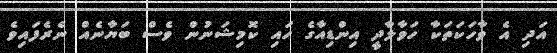
އަދި އެ ވާހަކަތަކާ ހަވާލާދީ އިންޑިއާގެ ހައި ކޮމިޝަނުން ވެސް ބަޔާނެއް ނެރެފައިވެ